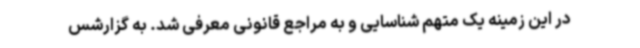
در این زمینه یک متهم شناسایی و به مراجع قانونی معرفی شد. به گزارشس